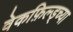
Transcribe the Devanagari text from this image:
वेकफ़िल्ड्च्या